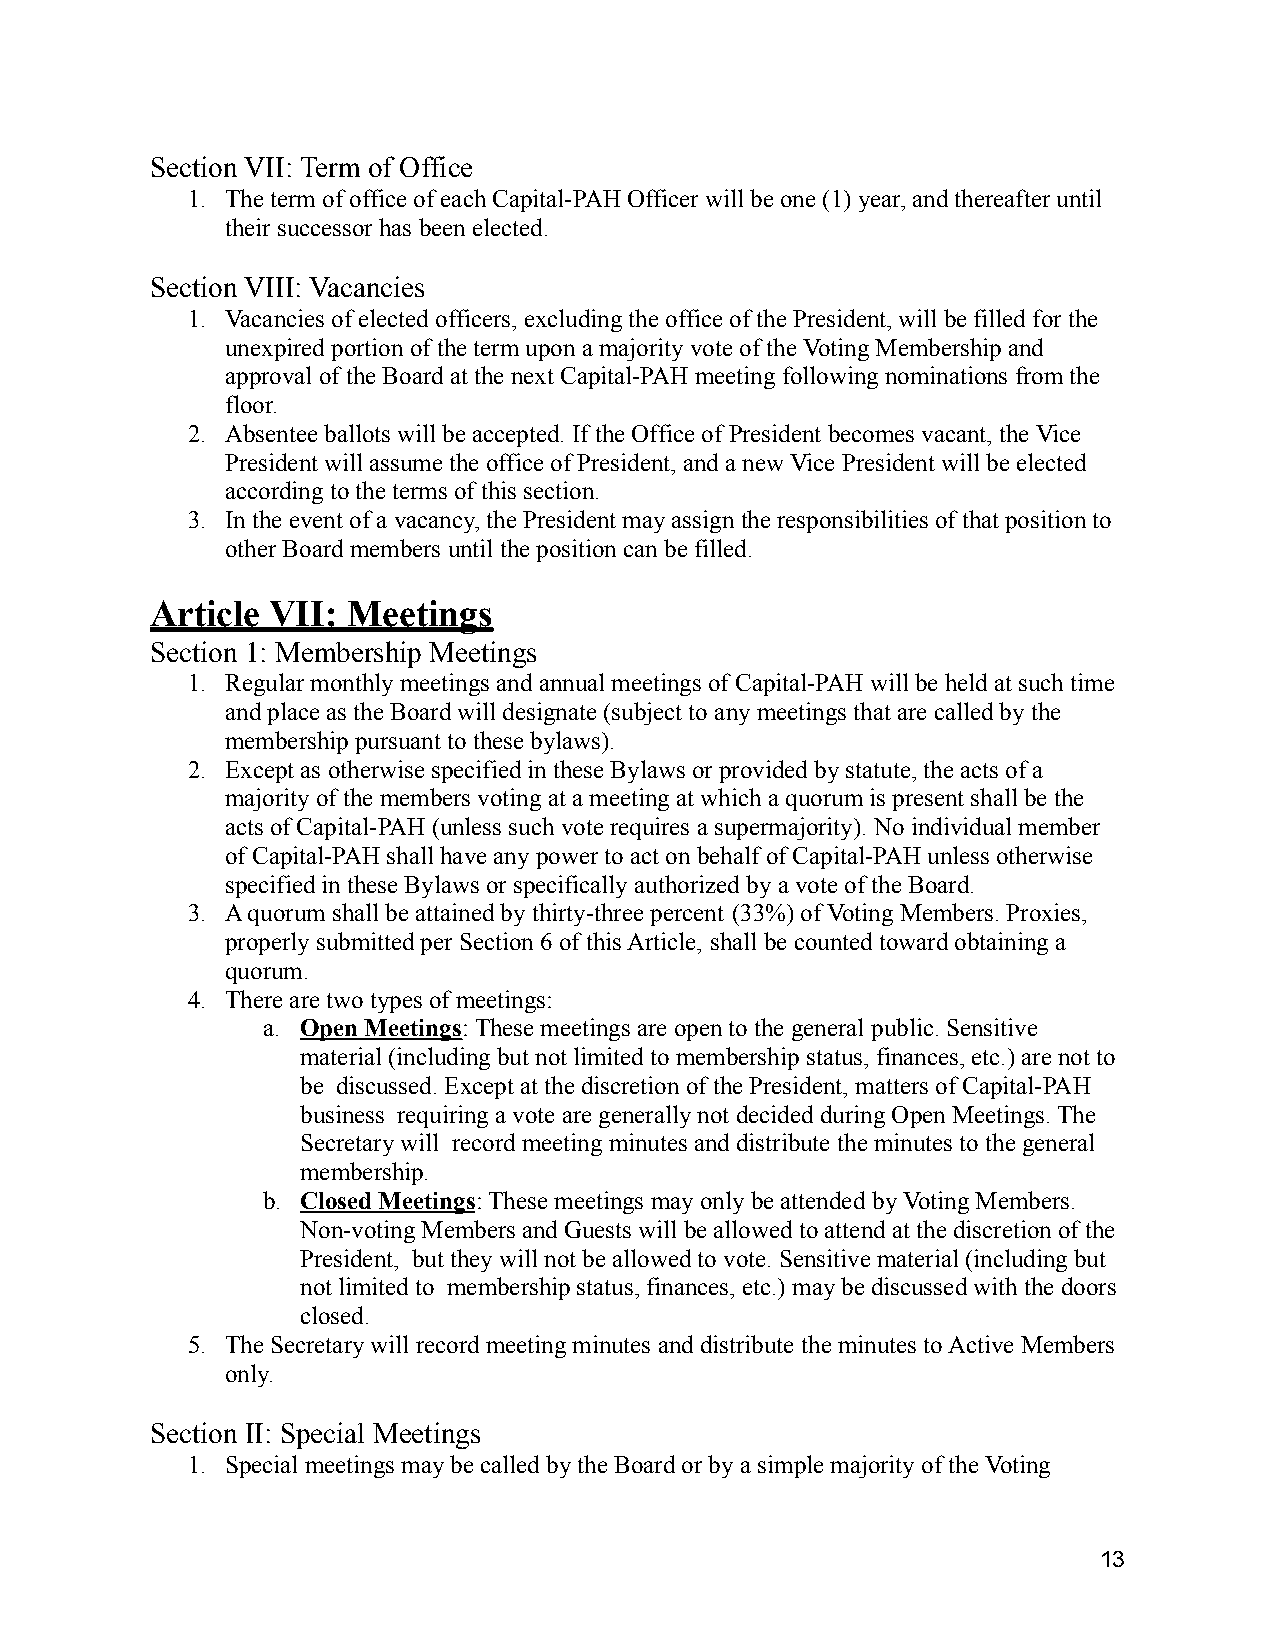
Section VII: Term of Office
 1. The term of office of each Capital-PAH Officer willbe one (1) year, and thereafter until
 their successor has been elected.
 Section VIII: Vacancies
 1. Vacancies of elected officers, excluding the officeof the President, will be filled for the
 unexpired portion of the term upon a majority vote of the Voting Membership and
 approval of the Board at the next Capital-PAH meeting following nominations from the
 floor.
 2. Absentee ballots will be accepted. If the Office of President becomes vacant, the Vice
 President will assume the office of President, and a new Vice President will be elected
 according to the terms of this section.
 3. In the event of a vacancy, the President may assign the responsibilities of that position to
 other Board members until the position can be filled.
 Article VII: Meetings
 Section 1: Membership Meetings
 1. Regular monthly meetings and annual meetings of Capital-PAH will be held at such time
 and place as the Board will designate (subject to any meetings that are called by the
 membership pursuant to these bylaws).
 2. Except as otherwise specified in these Bylaws or providedby statute, the acts of a
 majority of the members voting at a meeting at which a quorum is present shall be the
 acts of Capital-PAH (unless such vote requires a supermajority).No individual member
 of Capital-PAH shall have any power to act on behalf of Capital-PAH unless otherwise
 specified in these Bylaws or specifically authorizedby a vote of the Board.
 3. A quorum shall be attained by thirty-three percent (33%) of Voting Members. Proxies,
 properly submitted per Section 6 of this Article, shall be counted toward obtaining a
 quorum.
 4. There are two types of meetings:
 a. Open Meetings: These meetings are open to the general public. Sensitive
 material (including but not limited to membershipstatus, finances, etc.) are not to
 be discussed. Except at the discretion of the President, matters of Capital-PAH
 business requiring a vote are generally not decided during Open Meetings. The
 Secretary will record meeting minutes and distribute the minutes to the general
 membership.
 b. Closed Meetings: These meetings may only be attended by Voting Members.
 Non-voting Members and Guests will be allowed to attendat the discretion of the
 President, but they will not be allowed to vote. Sensitive material (including but
 not limited to membership status, finances, etc.)may be discussed with the doors
 closed.
 5. The Secretary will record meeting minutes and distribute the minutes to Active Members
 only.
 Section II: Special Meetings
 1. Special meetings may be called by the Board or by a simple majority of the Voting
 13